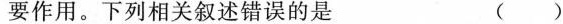
要作用。下列相关叙述错误的是 ()